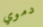
دموي